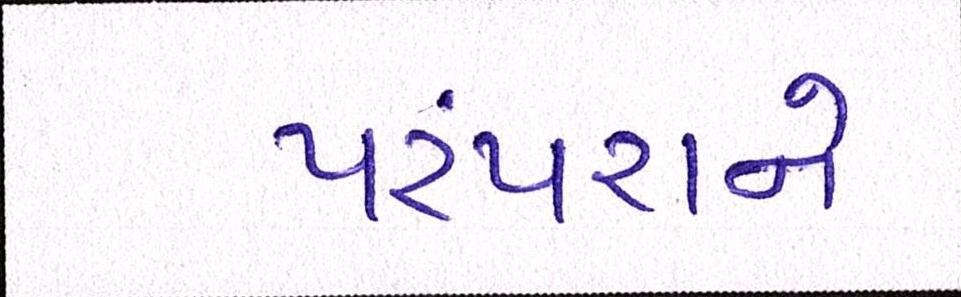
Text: પરંપરાને